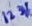
Text: 123V